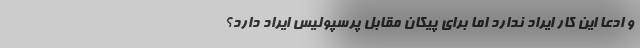
و ادعا این کار ایراد ندارد اما برای پیکان مقابل پرسپولیس ایراد دارد؟